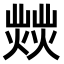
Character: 𤎸